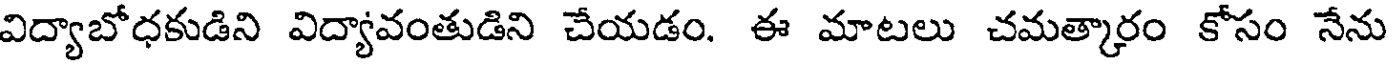
విద్యాబోధకుడిని విద్యావంతుడిని చేయడం. ఈ మాటలు చమత్కారం కోసం నేను